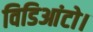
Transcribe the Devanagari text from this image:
विडिआंटो।